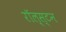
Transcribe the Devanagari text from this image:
रॉल्स्टन